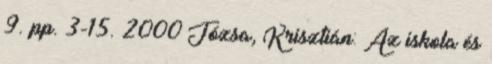
9. pp. 3-15. 2000 Józsa, Krisztián: Az iskola és